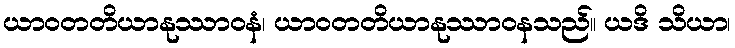
ယာဝတတိယာနုဿာဝနံ၊ ယာဝတတိယာနုဿာဝနသည်။ ယဒိ သိယာ၊